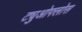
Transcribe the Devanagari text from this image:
ट्युओफ्लोस